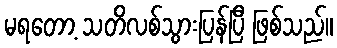
မရတော့ သတိလစ်သွားပြန်ပြီ ဖြစ်သည်။